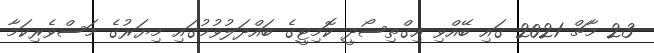
23 މާޗް 2021 ގައި ބޭއްވި އިގްތިސޯދީ ކޮމިޓީގެ ބައްދަލުވުމުގައި މިޔަރުގެ މަސްވެރިކަމާ